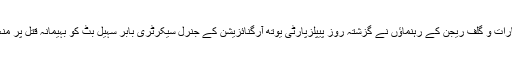
ان خیالات کا اظہار پاکستان پیپلزپارٹی متحدہ عرب امارات و گلف ریجن کے رہنماﺅں نے گزشتہ روز پیپلزپارٹی یوتھ آرگنائزیشن کے جنرل سیکرٹری بابر سہیل بٹ کو بہیمانہ قتل پر منعقدہ ایک تعزیتی ریفرنس سے خطاب کرتے ہوئے کیا۔